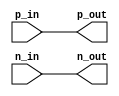
module differential_bidirectional_buffer (
    input wire p_in,
    input wire n_in,
    output reg p_out,
    output reg n_out
);

assign p_out = p_in;
assign n_out = n_in;

endmodule